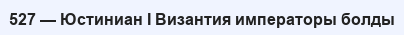
527 — Юстиниан І Византия императоры болды